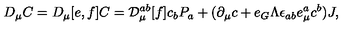
D _ { \mu } C = D _ { \mu } [ e , f ] C = { \cal D } _ { \mu } ^ { a b } [ f ] c _ { b } P _ { a } + ( \partial _ { \mu } c + e _ { G } \Lambda \epsilon _ { a b } e _ { \mu } ^ { a } c ^ { b } ) J ,